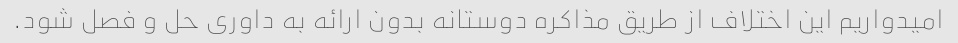
امیدواریم این اختلاف از طریق مذاکره دوستانه بدون ارائه به داوری حل و فصل شود.